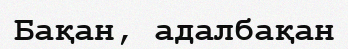
Бақан, адалбақан